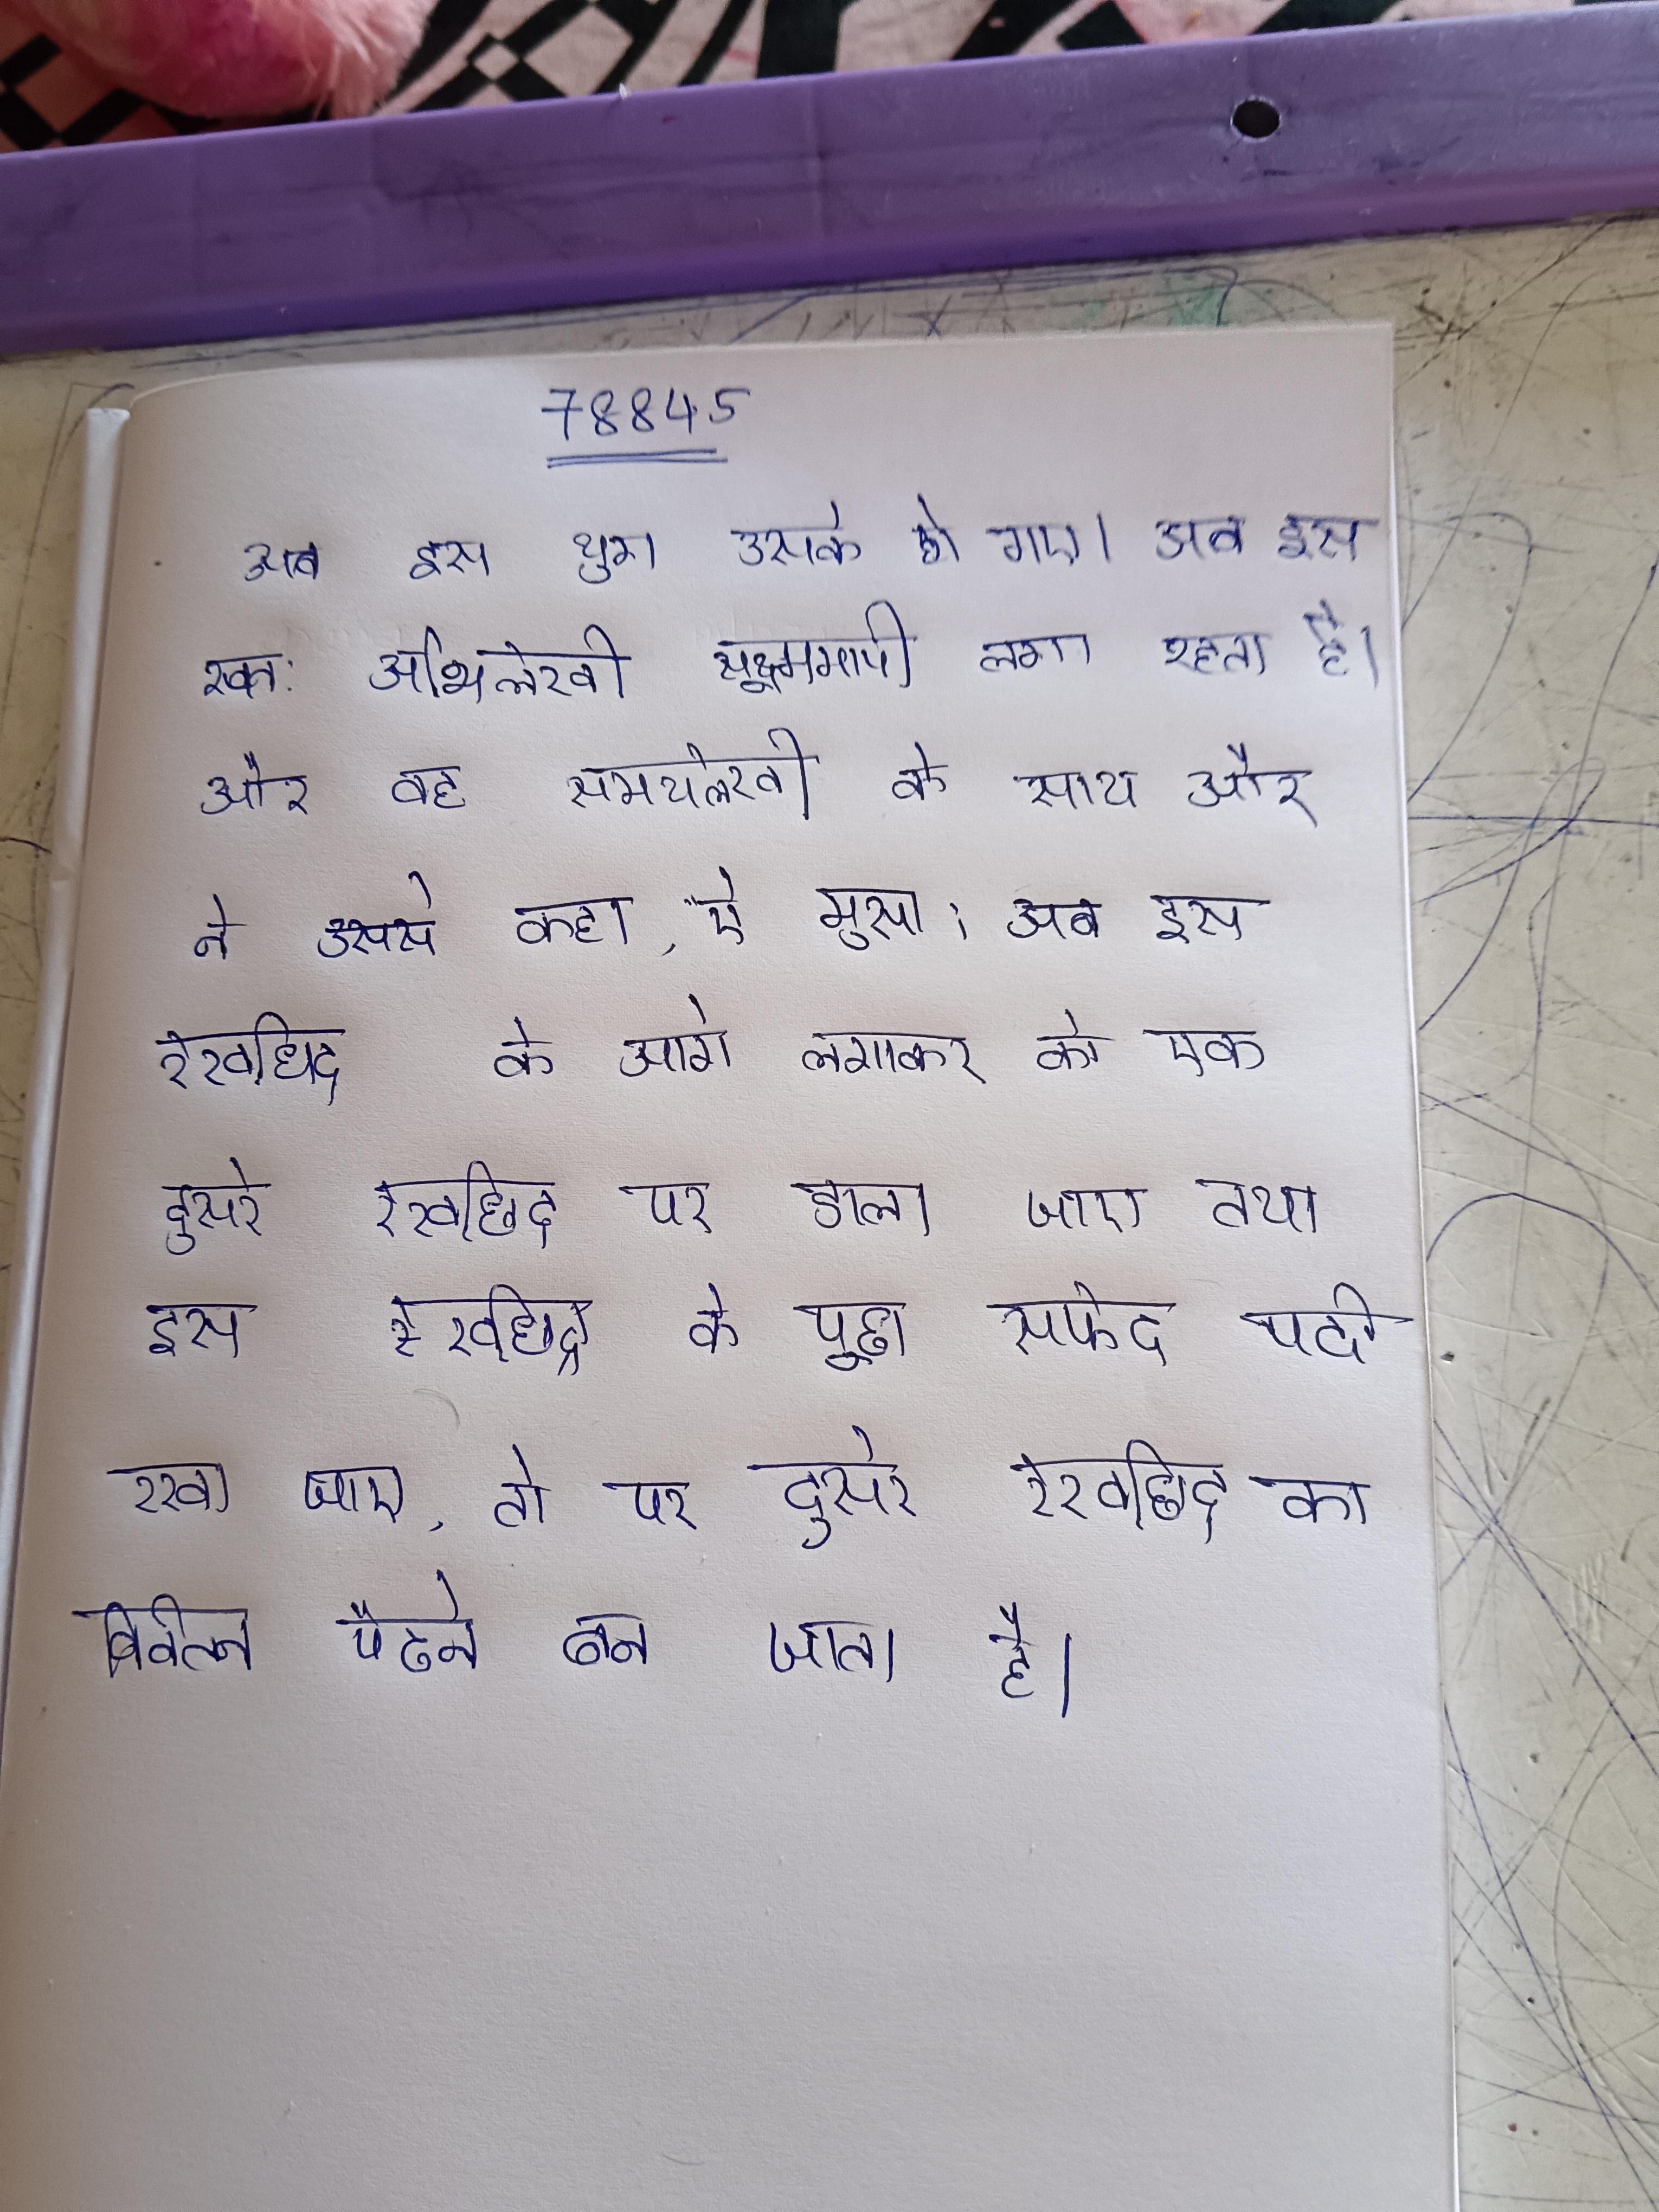
अब इस युग उसके हो गए । अब इस स्वत: अभिलेखी सूक्ष्ममापी लगा रहता है और वह समयलेखी के साथ प्रयुक्त होता है । अब इसराईल की सन्तान से पूछ लो कि जब वह उनके पास आया और ने उससे कहा, "ऐ मूसा! अब इस रेखाछिद्र के आगे लगाकर को एक दूसरे रेखाछिद्र पर डाला जाए तथा इस रेखाछिद्र के पीछे सफेद पर्दा रखा जाए, तो पर दूसरे रेखाछिद्र का विवर्तन पैटर्न बन जाता है ।